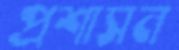
প্রশাসন